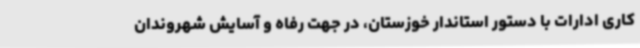
کاری ادارات با دستور استاندار خوزستان، در جهت رفاه و آسایش شهروندان